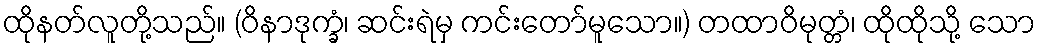
ထိုနတ်လူတို့သည်။ (ဝိနာဒုက္ခံ၊ ဆင်းရဲမှ ကင်းတော်မူသော။) တထာဝိမုတ္တံ၊ ထိုထိုသို့ သော